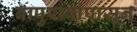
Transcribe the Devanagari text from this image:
बापुरावांपासून